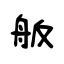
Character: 舨